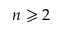
n \geqslant 2